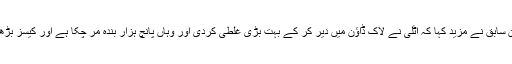
دنیا کے تیز ترین سابق نے مزید کہا کہ اٹلی نے لاک ڈاؤن میں دیر کر کے بہت بڑی غلطی کردی اور وہاں پانچ ہزار بندہ مر چکا ہے اور کیسز بڑھتے جا رہے ہیں۔